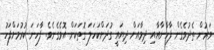
ވަރުން ތެދުވެގެން ފާހާނާއާއި ދިމާއަށް ދިޔައީ ގުދަށްކަހަަލަ ގޮތަކަށް އޮވެގެނެވެ. ފާހަނަ ކުރުމަށްފަހު